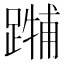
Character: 𲄃